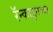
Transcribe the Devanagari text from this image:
रॅन्काइनच्या